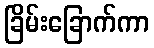
ခြိမ်းခြောက်ကာ